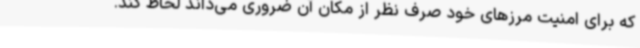
که برای امنیت مرزهای خود صرف نظر از مکان آن ضروری می‌داند لحاظ کند.